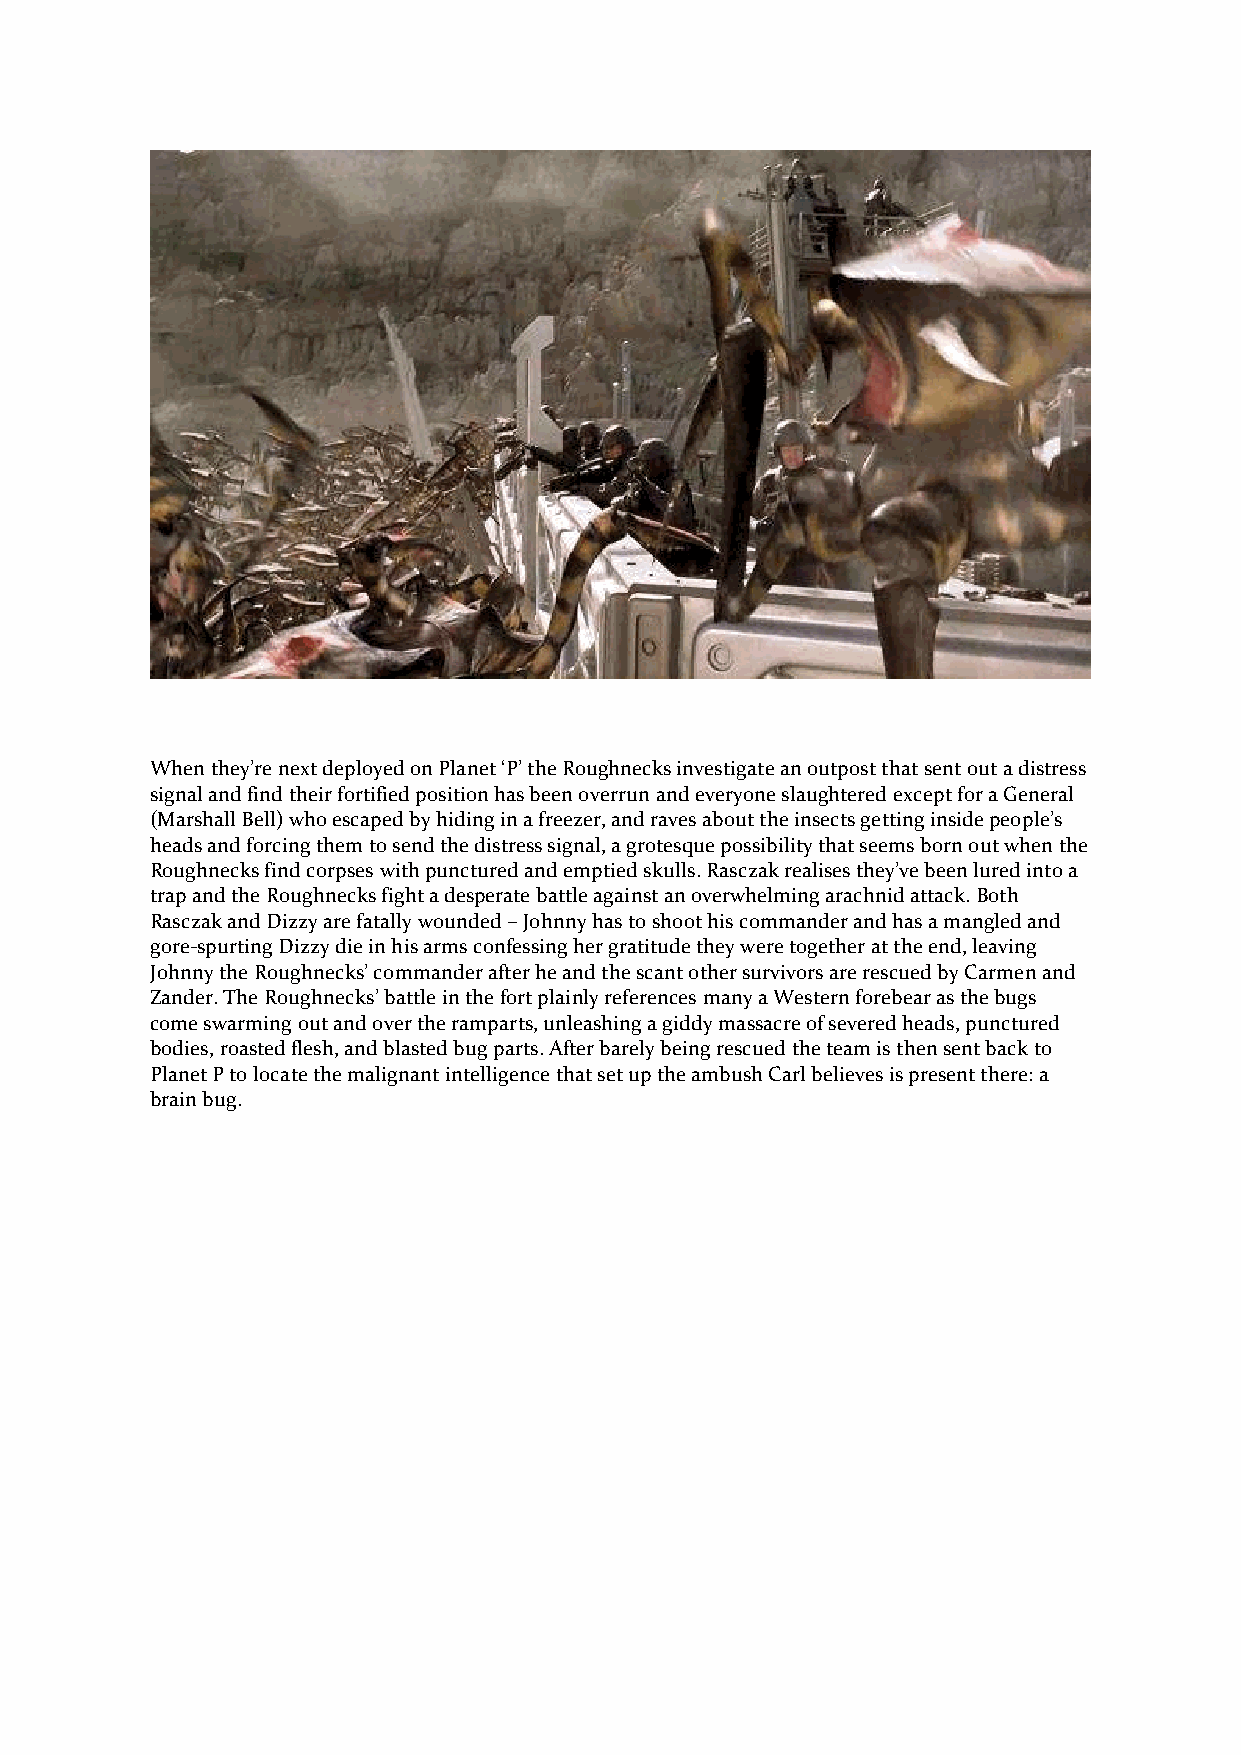
When they’re next deployed on Planet ‘P’ the Roughnecks investigate an outpost that sent out a distress
 signal and find their fortified position has been overrun and everyone slaughtered except for a General
 (Marshall Bell) who escaped by hiding in a freezer, and raves about the insects getting inside people’s
 heads and forcing them to send the distress signal, a grotesque possibility that seems born out when the
 Roughnecks find corpses with punctured and emptied skulls. Rasczak realises they’ve been lured into a
 trap and the Roughnecks fight a desperate battle against an overwhelming arachnid attack. Both
 Rasczak and Dizzy are fatally wounded – Johnny has to shoot his commander and has a mangled and
 gore-spurting Dizzy die in his arms confessing her gratitude they were together at the end, leaving
 Johnny the Roughnecks’ commander after he and the scant other survivors are rescued by Carmen and
 Zander. The Roughnecks’ battle in the fort plainly references many a Western forebear as the bugs
 come swarming out and over the ramparts, unleashing a giddy massacre of severed heads, punctured
 bodies, roasted flesh, and blasted bug parts. After barely being rescued the team is then sent back to
 Planet P to locate the malignant intelligence that set up the ambush Carl believes is present there: a
 brain bug.